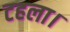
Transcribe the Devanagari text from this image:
टहला।